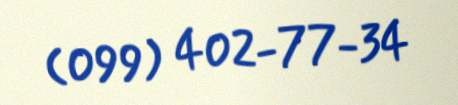
(099) 402-77-34